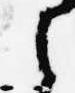
之